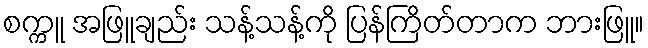
စက္ကူ အဖြူချည်း သန့်သန့်ကို ပြန်ကြိတ်တာက ဘားဖြူ။